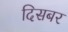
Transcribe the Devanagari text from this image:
दिसबर